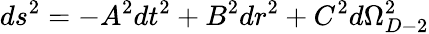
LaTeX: ds^{2}=-A^{2}dt^{2}+B^{2}dr^{2}+C^{2}d\Omega_{D-2}^{2}